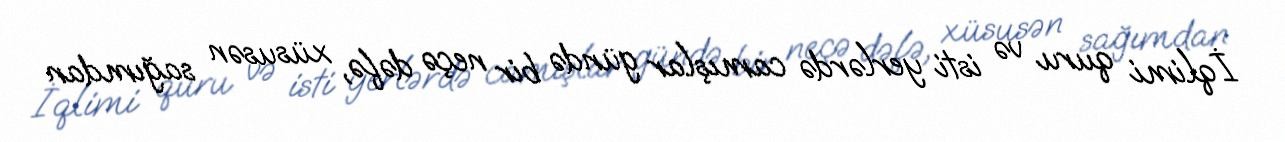
İqlimi quru və isti yerlərdə camışlar gündə bir neçə dəfə, xüsusən sağımdan